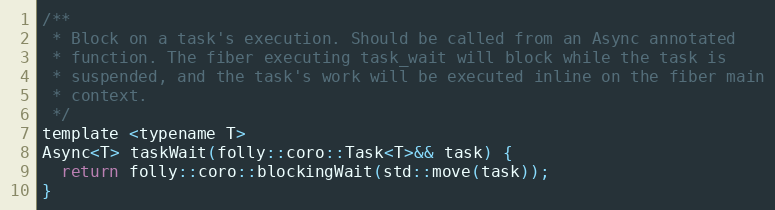
Language: C
/**
 * Block on a task's execution. Should be called from an Async annotated
 * function. The fiber executing task_wait will block while the task is
 * suspended, and the task's work will be executed inline on the fiber main
 * context.
 */
template <typename T>
Async<T> taskWait(folly::coro::Task<T>&& task) {
  return folly::coro::blockingWait(std::move(task));
}